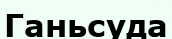
Ганьсуда